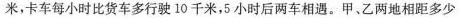
米，卡车每小时比货车多行驶10千米，5小时后两车相遇。甲、乙两地相距多少